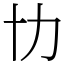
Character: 㔹